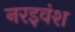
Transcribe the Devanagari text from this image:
नरइवंश